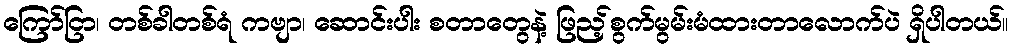
ကြော်ငြာ၊ တစ်ခါတစ်ရံ ကဗျာ၊ ဆောင်းပါး စတာတွေနဲ့ ဖြည့်စွက်မွမ်းမံထားတာလောက်ပဲ ရှိပါတယ်။